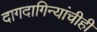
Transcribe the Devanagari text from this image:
दागदागिन्यांचीही